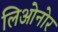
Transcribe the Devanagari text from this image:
लिओनोर